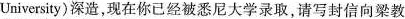
University)深造，现在你已经被悉尼大学录取，请写封信向梁教